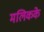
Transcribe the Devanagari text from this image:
मलिकके